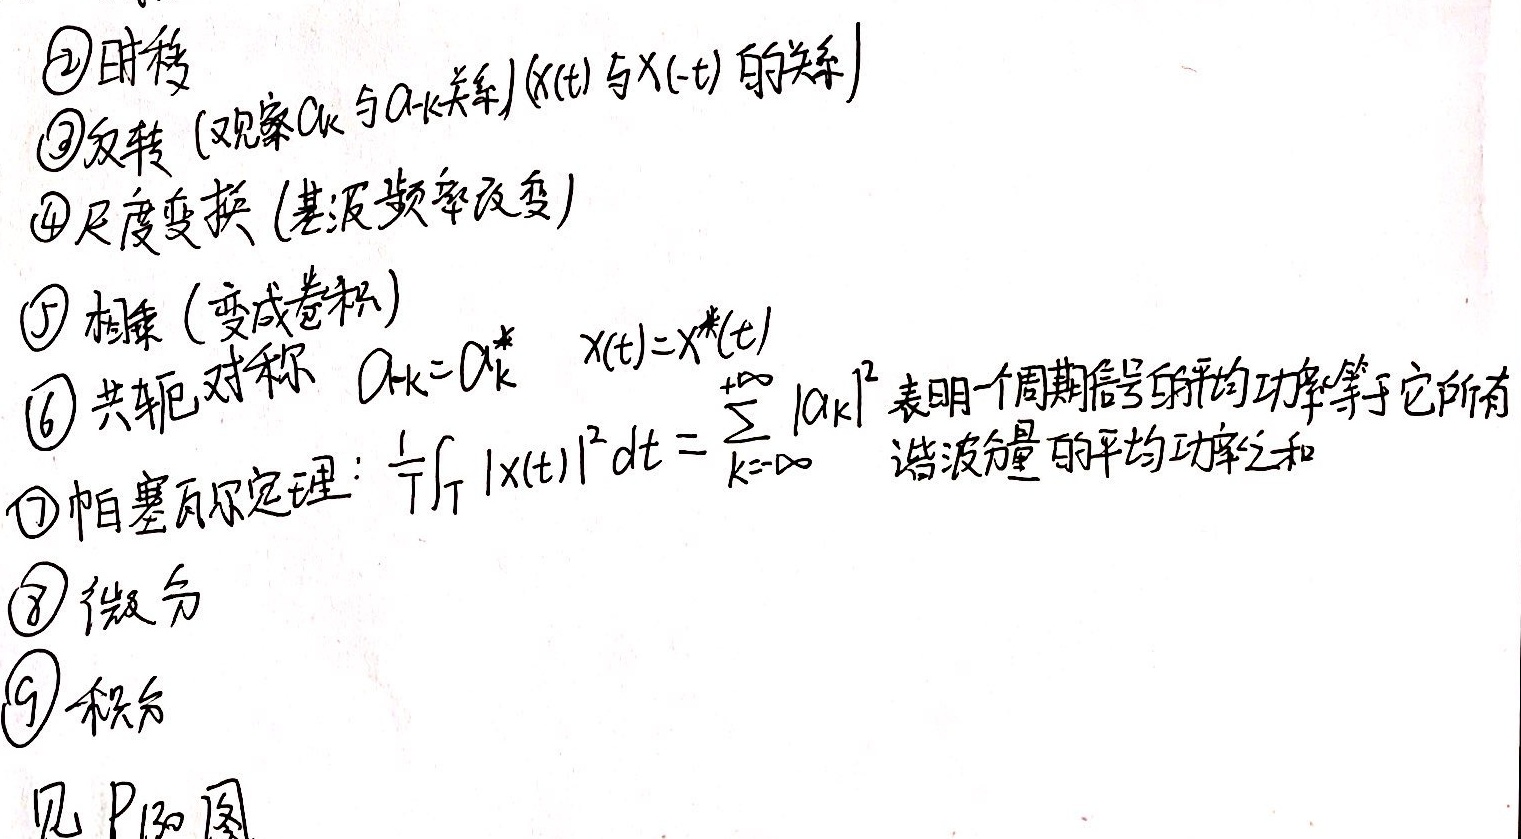
\(\textcircled{2}\) 时移
\(\textcircled{3}\) 反转 (观察 \(a_k\) 与 \(a_{-k}\) 关系) \(x(t)\) 与 \(x(-t)\) 的关系
\(\textcircled{4}\) 尺度变换 (基波频率改变)
\(\textcircled{5}\) 相乘 (变成卷积)
\(\textcircled{6}\) 共轭对称 \(a_{-k}=a_{k}^*\) \(x(t)=x^*(t)\)
\(\textcircled{7}\) 帕塞瓦尔定理: \(\frac{1}{T}\int_T |x(t)|^2 dt=\sum_{k = -\infty}^{+\infty}|a_k|^2\) 表明一个周期信号的平均功率等于它所有谐波分量的平均功率之和
\(\textcircled{8}\) 微分
\(\textcircled{9}\) 积分见 P130 图